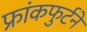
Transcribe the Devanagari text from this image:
फ्रांकफुर्टने